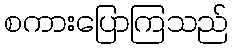
စကားပြောကြသည်